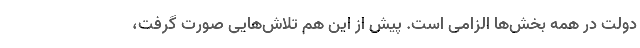
دولت در همه بخش‌ها الزامی است. پیش از این هم تلاش‌هایی صورت گرفت،